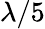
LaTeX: \lambda/5